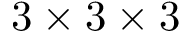
3 \times 3 \times 3